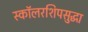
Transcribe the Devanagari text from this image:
स्कॉलरशिपसुद्धा